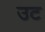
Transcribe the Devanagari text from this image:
उट